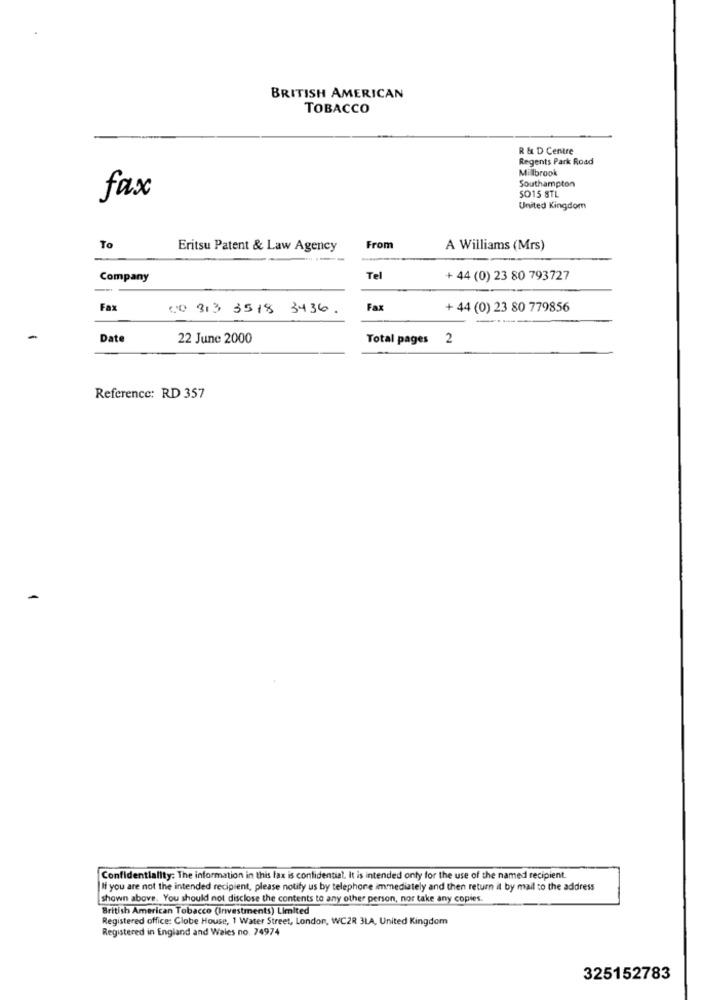
BRITISH AMERICAN
TOBACCO
R & D Centre
Regents Park Road
Millbrook
Southampton
SO15 8TL
fax
United Kingdom
To
Eritsu Patent & Law Agency
From
A Williams (Mrs)
--
Company
Tel
+ 44 (0) 23 80 793727
Fax
CI0 313 3518 3436.
Fax
+ 44 (0) 23 80 779856
Date
22 June 2000
Total pages 2
Reference: RD 357
Confidentiality: The information in this fax is confidential. It is intended only for the use of the named recipient.
|If you are not the intended recipient, please notify us by telephone immediately and then return it by mail to the address
shown above. You should not disclose the contents to any other person, nor take any copies.
British American Tobacco (Investments) Limited
Registered office: Globe House, 1 Water Street, London, WCZR 3LA, United Kingdom
Registered in England and Wales no. 74974
325152783